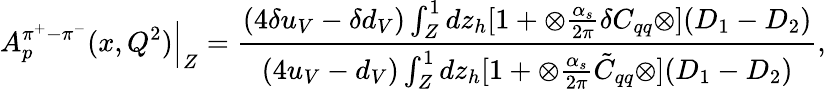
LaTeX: A_{p}^{\pi^{+}-\pi^{-}}(x,Q^{2}){\Bigl|}_{Z}=\frac{(4\delta u_{V}-\delta d_{V})\int_{Z}^{1}dz_{h}[1+\otimes\frac{\alpha_{s}}{2\pi}\delta C_{qq}\otimes](D_{1}-D_{2})}{(4u_{V}-d_{V})\int_{Z}^{1}dz_{h}[1+\otimes\frac{\alpha_{s}}{2\pi}\tilde{C}_{qq}\otimes](D_{1}-D_{2})},